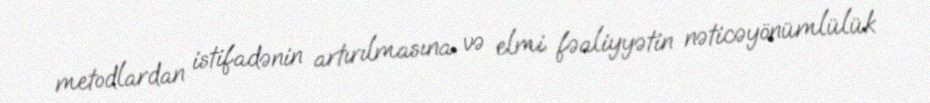
metodlardan istifadənin artırılmasına və elmi fəaliyyətin nəticəyönümlülük